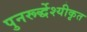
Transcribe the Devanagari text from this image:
पुनरूर्द्धेश्यीकृत